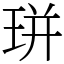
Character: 㻂